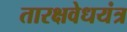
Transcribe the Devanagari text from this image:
तारक्षवेधयंत्र